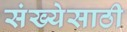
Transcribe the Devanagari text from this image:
संख्‍येसाठी